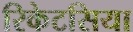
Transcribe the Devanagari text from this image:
रिकेटसिया